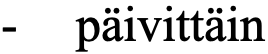
- päivittäin